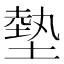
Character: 𫮛